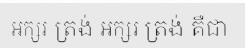
អក្សរ ត្រង់ អក្សរ ត្រង់ គឺជា